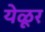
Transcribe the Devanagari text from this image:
येळूर